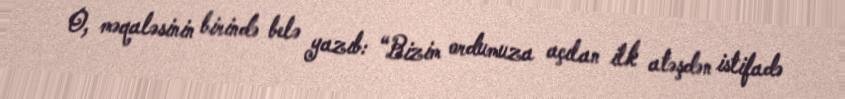
O, məqaləsinin birində belə yazıb: “Bizim ordumuza açılan ilk atəşdən istifadə